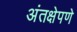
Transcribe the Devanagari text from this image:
अंतक्षेपणे